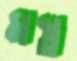
মস্ত